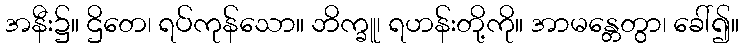
အနီး၌။ ဌိတေ၊ ရပ်ကုန်သော။ ဘိက္ခူ၊ ရဟန်းတို့ကို။ အာမန္တေတွာ၊ ခေါ်၍။